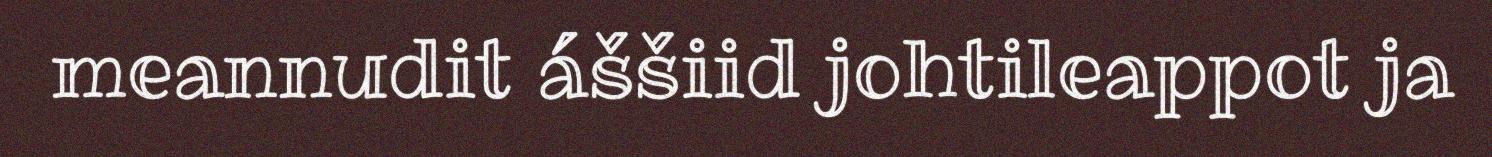
meannudit áššiid johtileappot ja